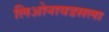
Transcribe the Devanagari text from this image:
लिओनायडसला